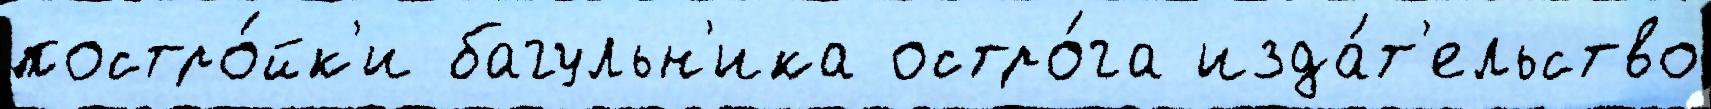
постро́йк'и багульн'ика остро́га изда́т'ельство